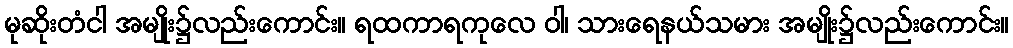
မုဆိုးတံငါ အမျိုး၌လည်းကောင်း။ ရထကာရကုလေ ဝါ၊ သားရေနယ်သမား အမျိုး၌လည်းကောင်း။